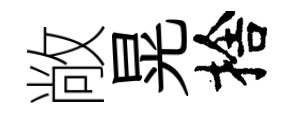
敞晃捨